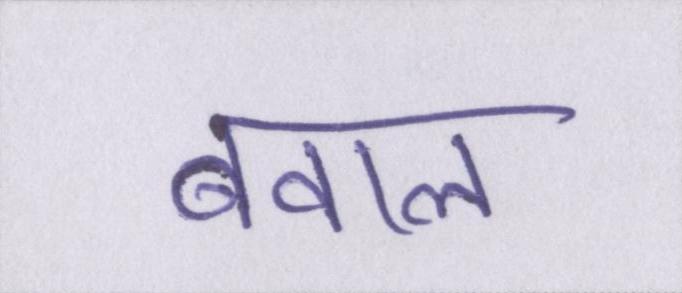
बवाल